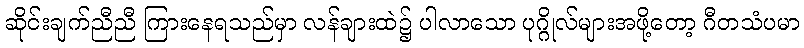
ဆိုင်းချက်ညီညီ ကြားနေရသည်မှာ လန်ချားထဲ၌ ပါလာသော ပုဂ္ဂိုလ်များအဖို့တော့ ဂီတသံပမာ